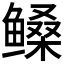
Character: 𱈎